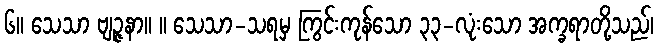
၆။ သေသာ ဗျဉ္ဇနာ။ ။ သေသာ-သရမှ ကြွင်းကုန်သော ၃၃-လုံးသော အက္ခရာတို့သည်၊